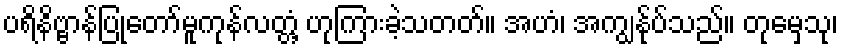
ပရိနိဗ္ဗာန်ပြုတော်မူကုန်လတ္တံ့ ဟုကြားခဲ့သတတ်။ အဟံ၊ အကျွန်ုပ်သည်။ တုမှေသု၊